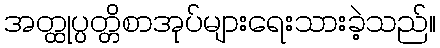
အတ္ထုပ္ပတ္တိစာအုပ်များရေးသားခဲ့သည်။